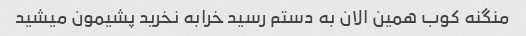
منگنه کوب همین الان به دستم رسید خرابه نخرید پشیمون میشید